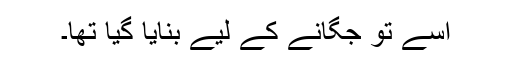
اسے تو جگانے کے لیے بنایا گیا تھا۔